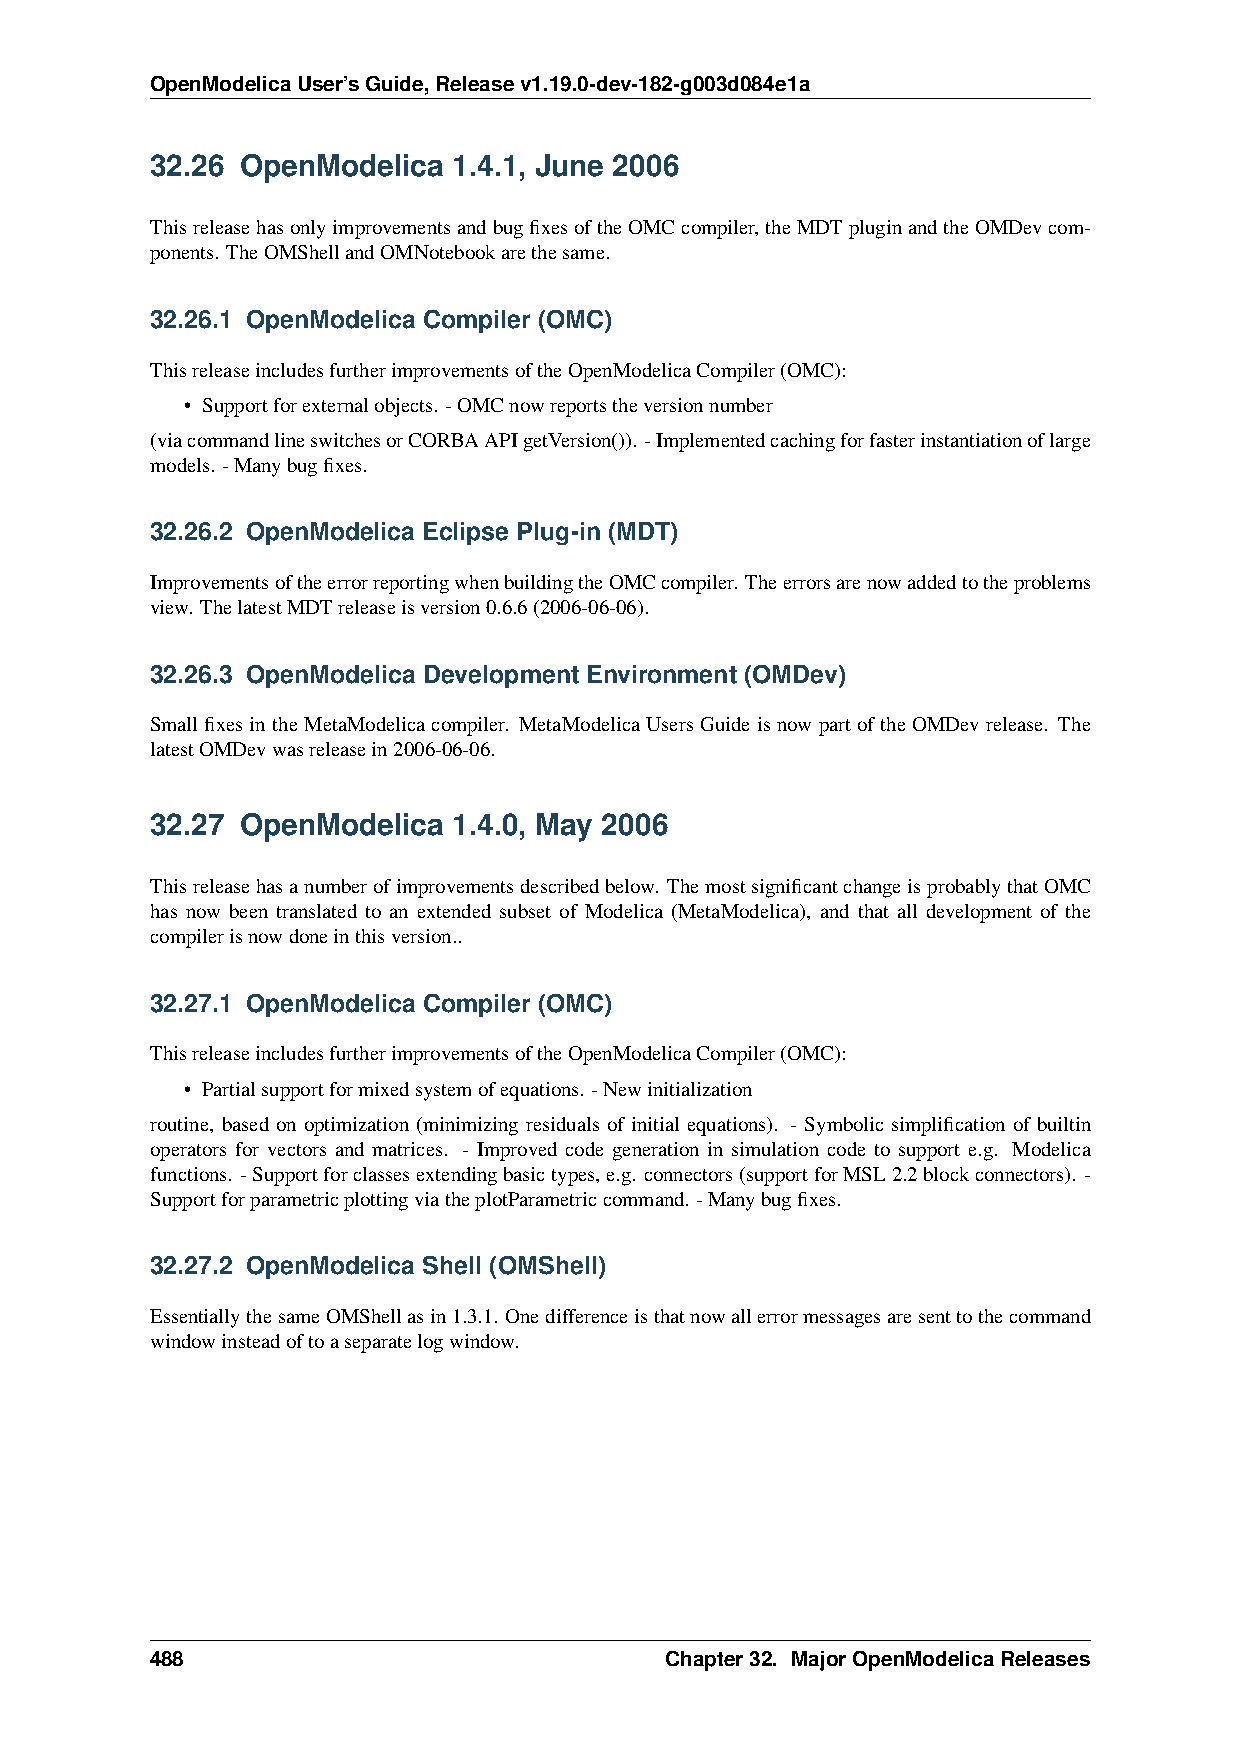
OpenModelicaUser’sGuide,Releasev1.19.0-dev-182-g003d084e1a
 32.26 OpenModelica  1.4.1, June 2006
 ThisreleasehasonlyimprovementsandbugfixesoftheOMCcompiler,theMDTpluginandtheOMDevcom-
 ponents. TheOMShellandOMNotebookarethesame.
 32.26.1 OpenModelica Compiler (OMC)
 ThisreleaseincludesfurtherimprovementsoftheOpenModelicaCompiler(OMC):
 • Supportforexternalobjects. -OMCnowreportstheversionnumber
 (viacommandlineswitchesorCORBAAPIgetVersion()). -Implementedcachingforfasterinstantiationoflarge
 models. -Manybugfixes.
 32.26.2 OpenModelica Eclipse Plug-in (MDT)
 ImprovementsoftheerrorreportingwhenbuildingtheOMCcompiler. Theerrorsarenowaddedtotheproblems
 view. ThelatestMDTreleaseisversion0.6.6(2006-06-06).
 32.26.3 OpenModelica Development Environment (OMDev)
 Smallfixes intheMetaModelica compiler. MetaModelicaUsersGuide isnow part ofthe OMDevrelease. The
 latestOMDevwasreleasein2006-06-06.
 32.27 OpenModelica  1.4.0, May 2006
 Thisreleasehasanumberofimprovementsdescribedbelow. ThemostsignificantchangeisprobablythatOMC
 has now been translated to an extended subset of Modelica (MetaModelica), and that all development of the
 compilerisnowdoneinthisversion..
 32.27.1 OpenModelica Compiler (OMC)
 ThisreleaseincludesfurtherimprovementsoftheOpenModelicaCompiler(OMC):
 • Partialsupportformixedsystemofequations. -Newinitialization
 routine, based on optimization (minimizing residuals of initial equations). - Symbolic simplification of builtin
 operators for vectors and matrices. - Improved code generation in simulation code to support e.g. Modelica
 functions. -Supportforclassesextendingbasictypes,e.g. connectors(supportforMSL2.2blockconnectors). -
 SupportforparametricplottingviatheplotParametriccommand. -Manybugfixes.
 32.27.2 OpenModelica Shell (OMShell)
 EssentiallythesameOMShellasin1.3.1. Onedifferenceisthatnowallerrormessagesaresenttothecommand
 windowinsteadoftoaseparatelogwindow.
 488                               Chapter32. MajorOpenModelicaReleases